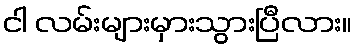
ငါ လမ်းများမှားသွားပြီလား။